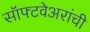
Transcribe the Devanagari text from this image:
सॉफ्टवेअरांची